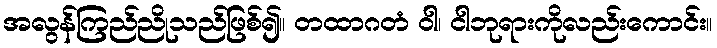
အလွန်ကြည်ညိုသည်ဖြစ်၍။ တထာဂတံ ဝါ၊ ငါဘုရားကိုလည်းကောင်း။